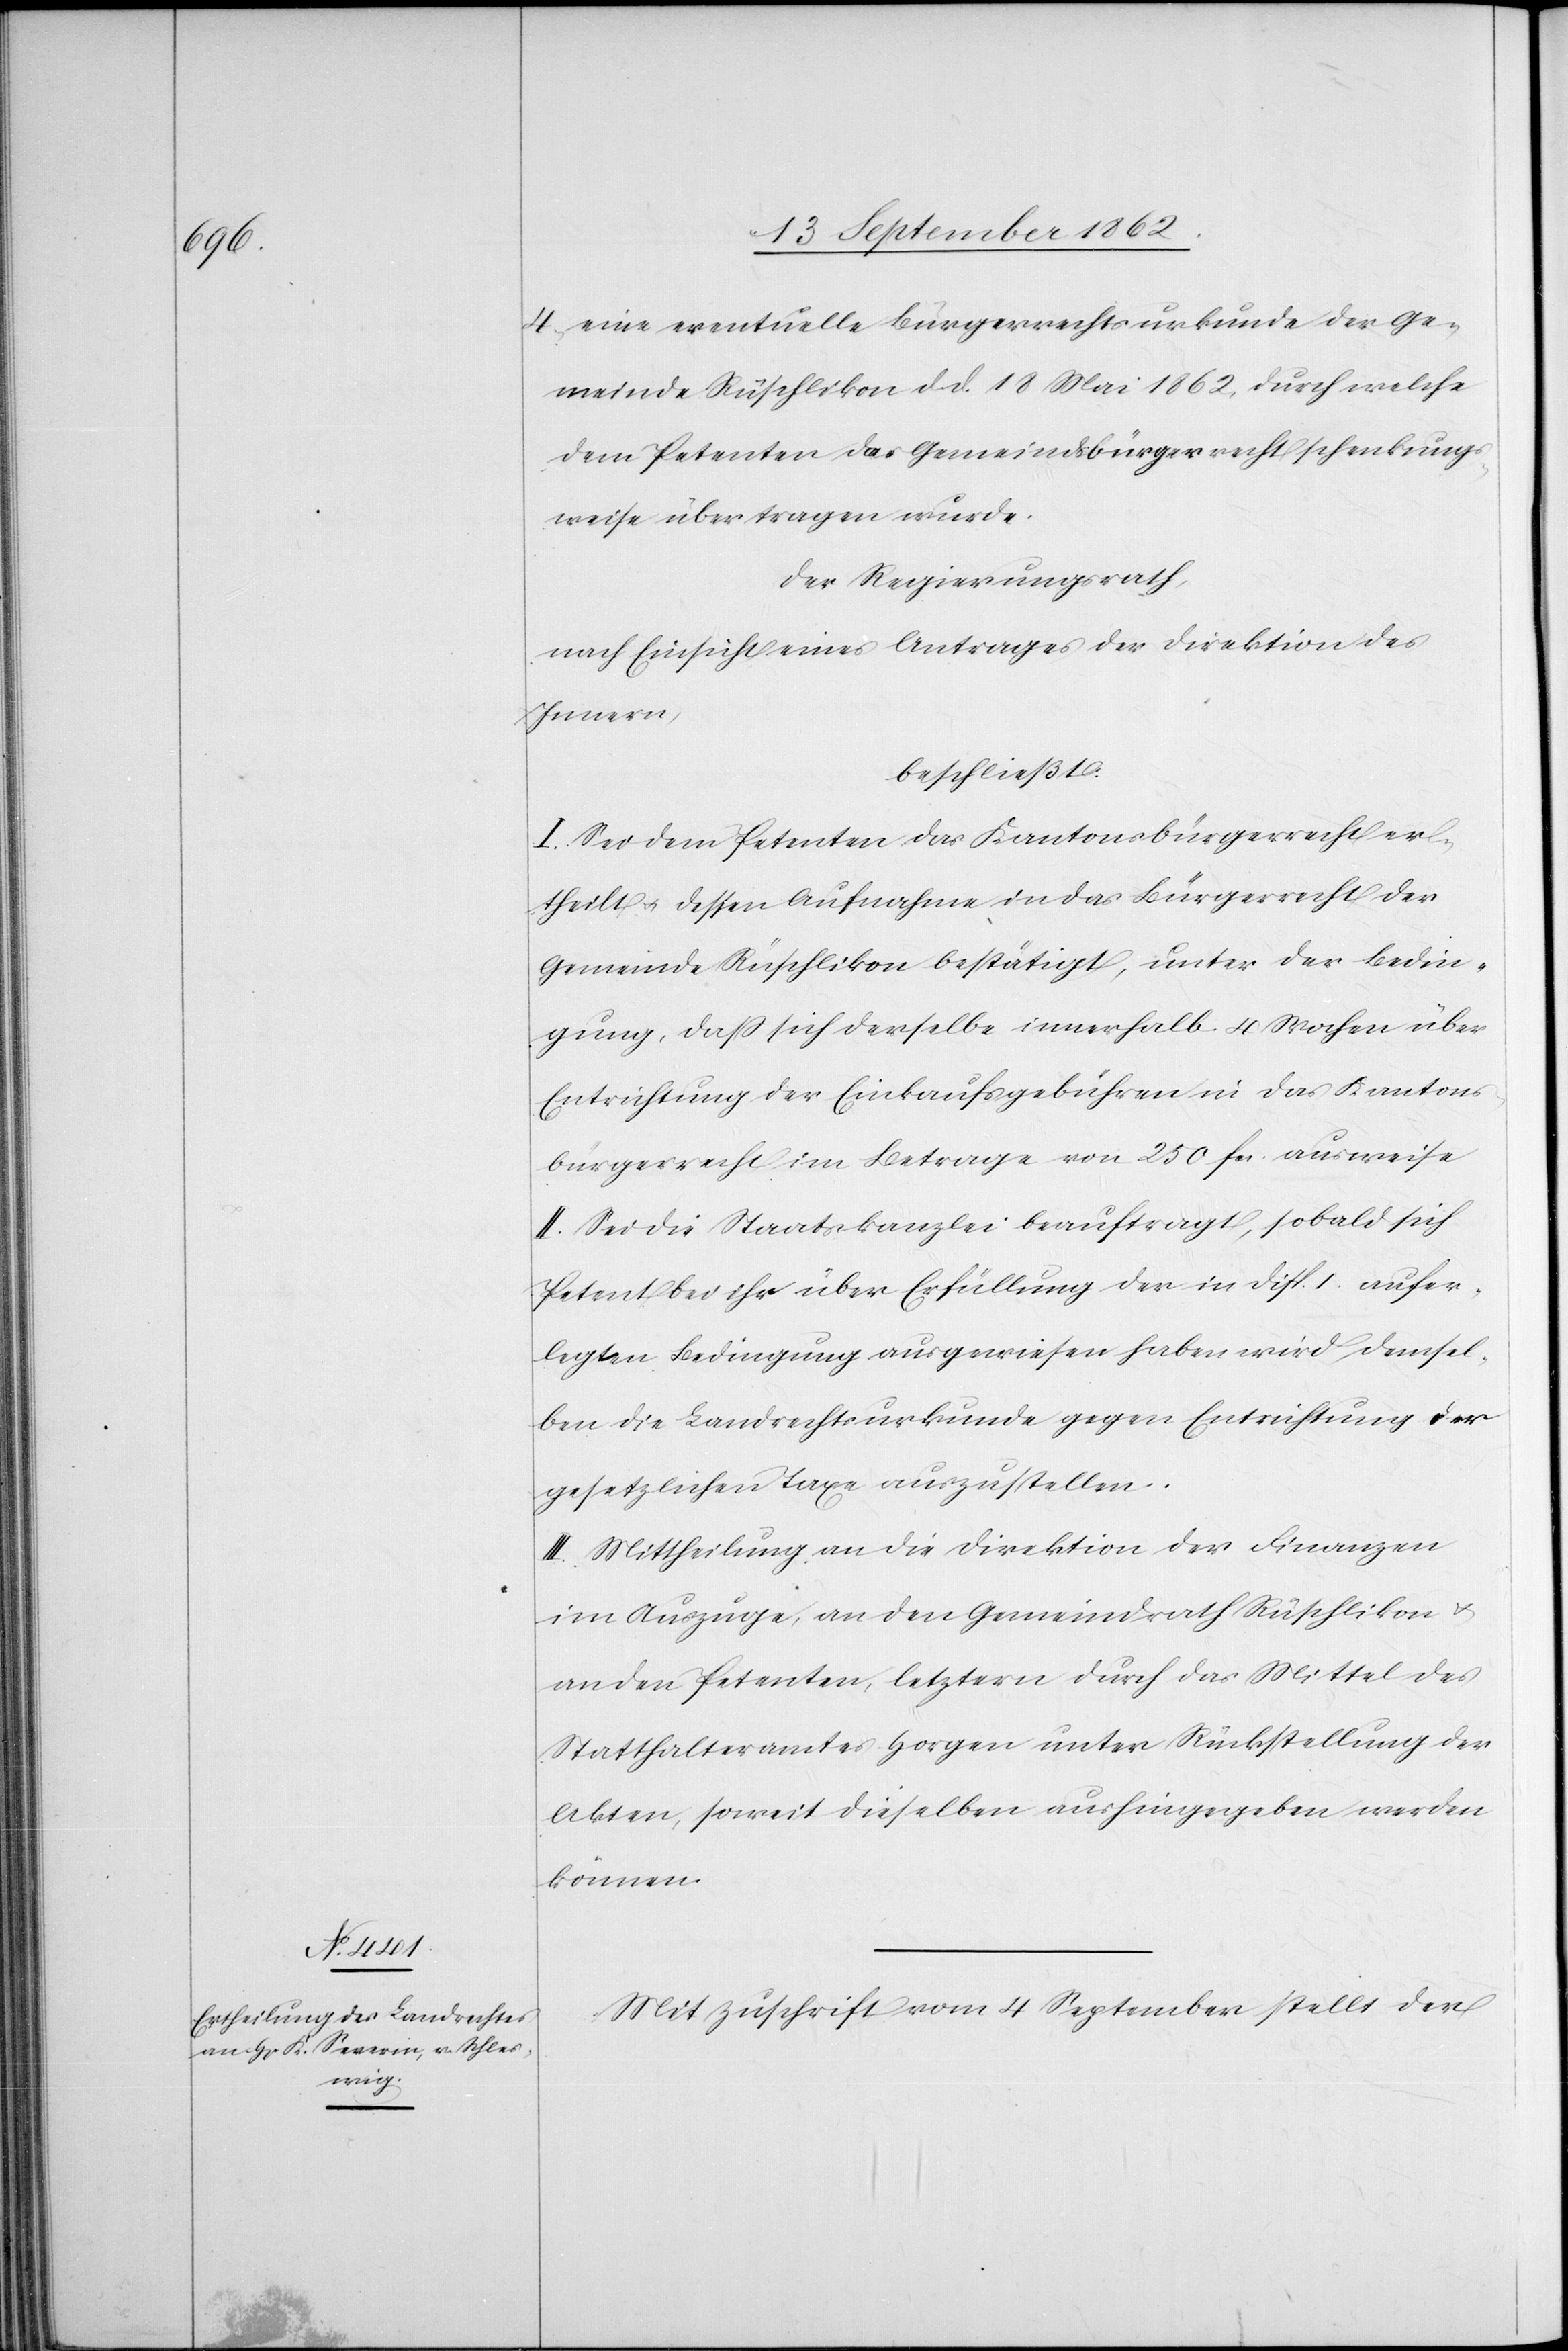
4. eine eventuelle Bürgerrechtsurkunde der Ge¬
meinde Rüschlikon d. d. 18. Mai 1862, durch welche
dem Petenten das Gemeindsbürgerrecht schenkungs¬
weise übertragen wurde.
Der Regierungsrath,
nach Einsicht eines Antrages der Direktion des
Innern,
beschließt:
I. Sei dem Petenten das Kantonsbürgerrecht er¬
theilt u. dessen Aufnahme in das Bürgerrecht der
Gemeinde Rüschlikon bestätigt, unter der Bedin¬
gung, daß sich derselbe innerhalb 4 Wochen über
Entrichtung der Einkaufsgebühren in das Kantons¬
bürgerrecht im Betrage von 250 fcs. ausweise
II. Sei die Staatskanzlei beauftragt, sobald sich
Petent bei ihr über Erfüllung der in Disp. I aufer¬
legten Bedingung ausgewiesen haben wird, demsel¬
ben die Landrechtsurkunde gegen Entrichtung der
gesetzlichen Taxe auszustellen.
III. Mittheilung an die Direktion der Finanzen
im Auszuge, an den Gemeindrath Rüschlikon u.
an den Petenten, letztern durch das Mittel des
Statthalteramtes Horgen unter Rückstellung der
Akten, soweit dieselben aushingegeben werden
können.
Mit Zuschrift vom 4. September stellt der